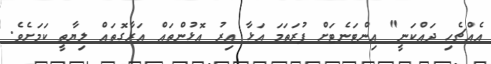
އެއްޗެހި ދައްކަނީ" އިންޓަނެޓަށް ފުރަތަމަ އަޅާ އިރު އޮޅުންތައް އަރާގޮތައް ލިޔާތީ ކަމަށެވެ.